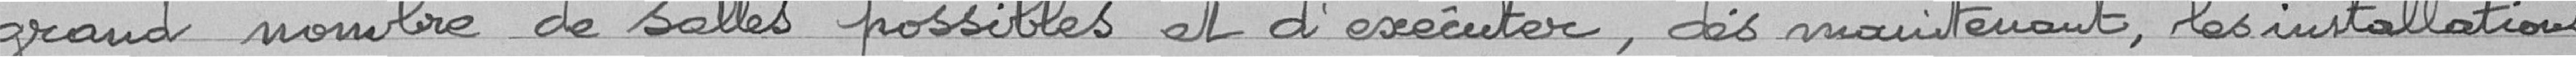
grand nombre de salles possibles et d'exécuter, dès maintenant, les installations